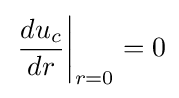
\left.{\frac {du_{c}}{dr}}\right|_{r=0}=0